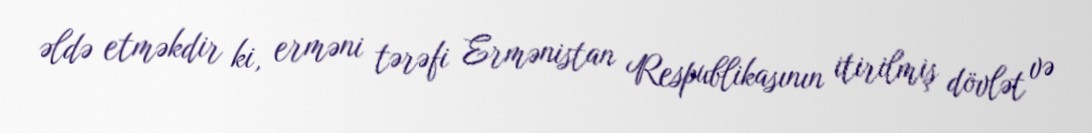
əldə etməkdir ki, erməni tərəfi Ermənistan Respublikasının itirilmiş dövlət və